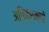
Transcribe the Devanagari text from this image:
अतिक्रमणों